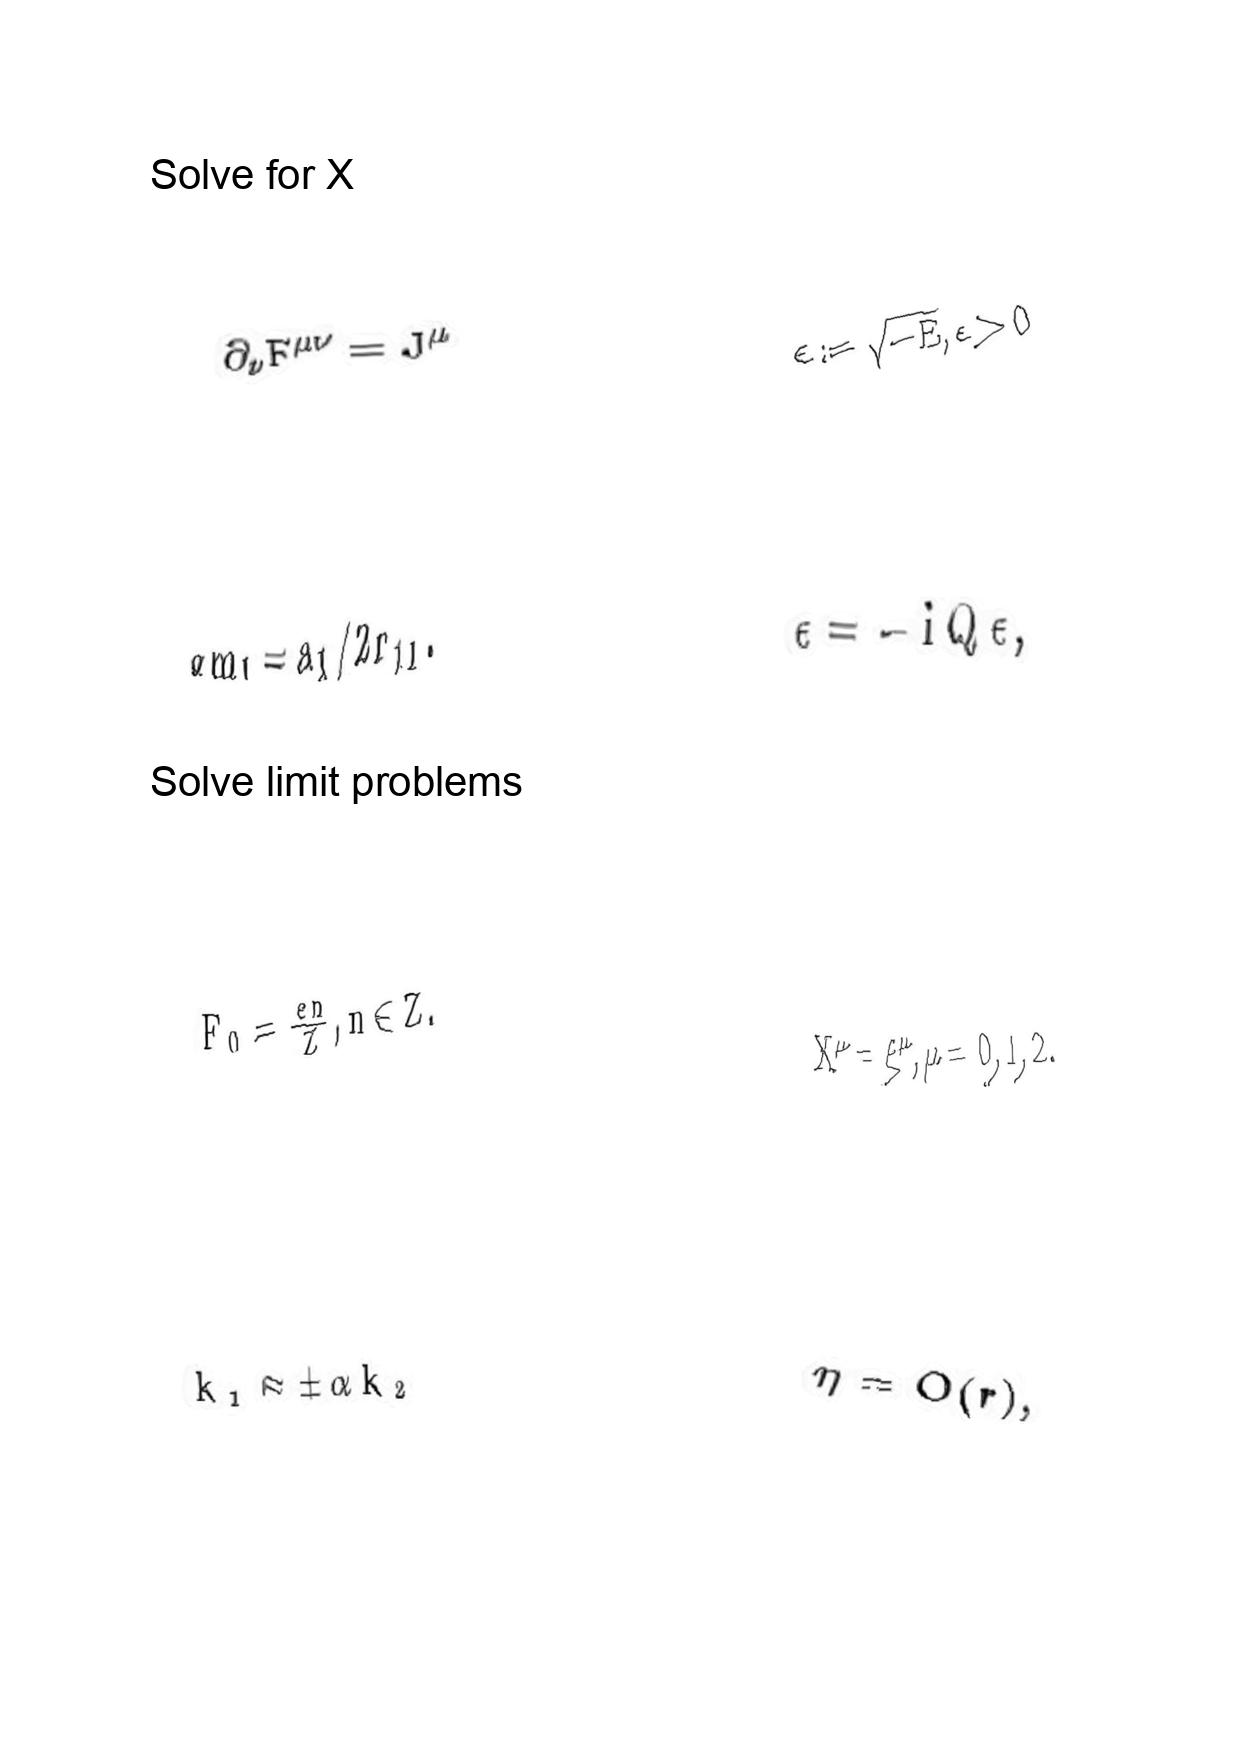
LaTeX transcription:
\partial _ { \nu } F ^ { \mu \nu } = J ^ { \mu }
g m _ { I } = a _ { I } / 2 r _ { 1 1 } .
F _ { 0 } = \frac { e n } { Z } , n \in Z .
k _ { 1 } \approx \pm \alpha k _ { 2 }
\epsilon : = \sqrt { - E } , \epsilon \gt 0
\epsilon = - i Q \epsilon ,
X ^ { \mu } = \xi ^ { \mu } , \mu = 0 , 1 , 2 .
\eta = O \lparen r \rparen ,